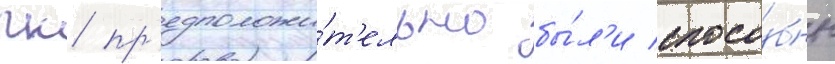
гк пр'едположи́т'ельно бы́л'и спосо́бны